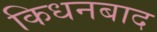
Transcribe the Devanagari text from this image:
किधनबाद